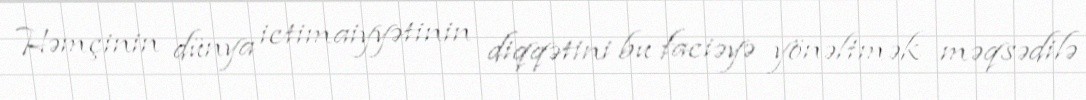
Həmçinin dünya ictimaiyyətinin diqqətini bu faciəyə yönəltmək məqsədilə